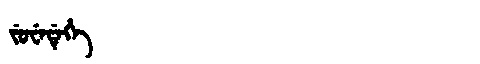
Manchu: ᠵᡠᠸᡝᡩᡝᡥᡝ
Romanization: JUWEDEHE